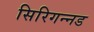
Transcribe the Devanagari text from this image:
सिरिगन्नड